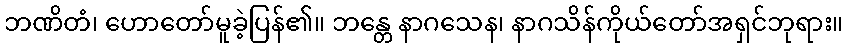
ဘဏိတံ၊ ဟောတော်မူခဲ့ပြန်၏။ ဘန္တေ နာဂသေန၊ နာဂသိန်ကိုယ်တော်အရှင်ဘုရား။